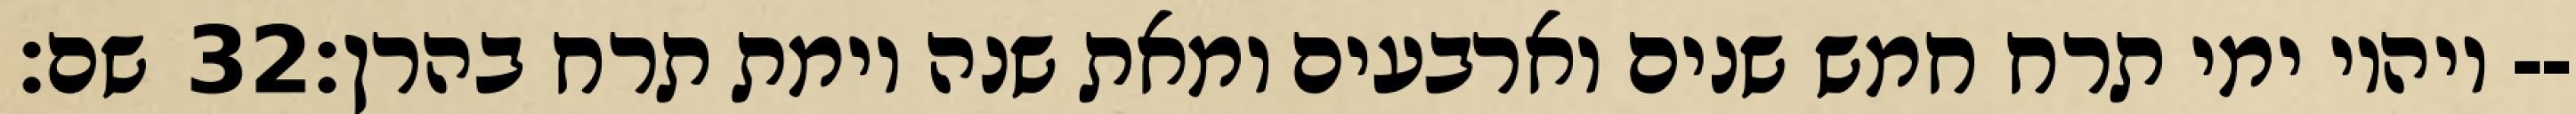
שם׃ ‎32‏ ויהיו ימי תרח חמש שנים וארבעים ומאת שנה וימת תרח בהרן׃--